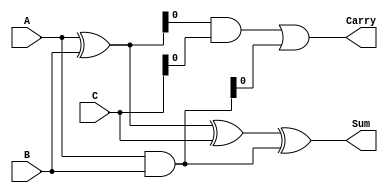
module ModifiedCarrySaveAdder (
    input [3:0] A,  // First operand
    input [3:0] B,  // Second operand
    input [3:0] C,  // Third operand
    output [3:0] Sum, // Final sum output
    output Carry      // Final carry output
);

    // Intermediate wires for partial sums and carries
    wire [3:0] S1, S2, C1, C2;

    // Stage 1: Half Adders and Full Adders for A, B
    assign S1 = A ^ B;         // Partial sum of A and B
    assign C1 = A & B;         // Carry from A and B

    // Stage 2: Half Adders and Full Adders for S1 and C
    assign S2 = S1 ^ C;        // Partial sum of S1 and C
    assign C2 = S1 & C;        // Carry from S1 and C

    // Final carry and sum calculation
    assign Sum = S2 ^ C1;      // Final sum
    assign Carry = C2 | C1;    // Final carry

endmodule